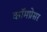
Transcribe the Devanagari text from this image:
कॉमप्रेसर